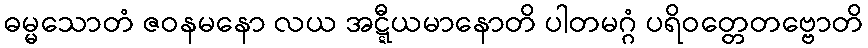
ဓမ္မသောတံ ဇဝနမနော လယ အဋ္ဋီယမာနောတိ ပါတမဂ္ဂံ ပရိဝတ္တေတဗ္ဗောတိ